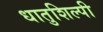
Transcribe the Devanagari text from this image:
धातुशिल्पी